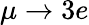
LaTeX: \mu\to 3e